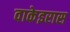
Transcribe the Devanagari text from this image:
वाकेइरास